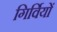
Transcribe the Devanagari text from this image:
गिर्वियों